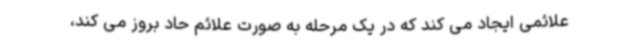
علائمی ایجاد می کند که در یک مرحله به صورت علائم حاد بروز می کند،